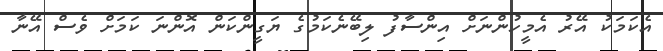
އެކަމަކު އޭރު އެމީހުންނަށް އިންސާފު ލިބޭނެކަމުގެ ޔަގީންކަން އޮންނަ ކަމަށް ވެސް އޭނާ